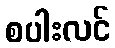
စပါးလင်